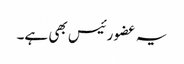
یہ عضو رئیس بھی ہے۔